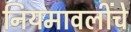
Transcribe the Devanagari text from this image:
नियमावलींचे